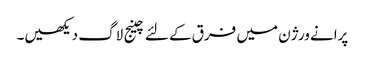
پرانے ورژن میں فرق کے لئے چینج لاگ دیکھیں۔